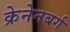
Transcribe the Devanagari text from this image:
क्रेनेनबर्ग